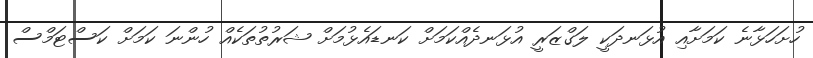
ހުށަހަޅާނެ ކަމަށާއި އުޅަނދަކީ ލަގްޒަރީ އުޅަނދެއްކަމަށް ކަނޑައެޅުމަށް ޝަރުތުތަކެއް ހުންނަ ކަމަށް ކަސްޓަމްސް